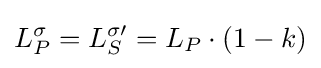
L_{P}^{\sigma }=L_{S}^{\sigma \prime }=L_{P}\cdot (1-k)